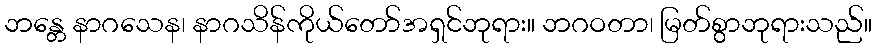
ဘန္တေ နာဂသေန၊ နာဂသိန်ကိုယ်တော်အရှင်ဘုရား။ ဘဂဝတာ၊ မြတ်စွာဘုရားသည်။